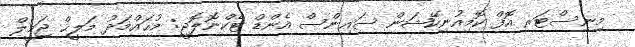
މިނިސްޓަރ އޮފް ކޮމިއުނިކޭޝަން ސައިންސް އެންޑް ޓެކްނޮލޮޖީ: މުޙައްމަދު މަލީޙް ޖަމީލް